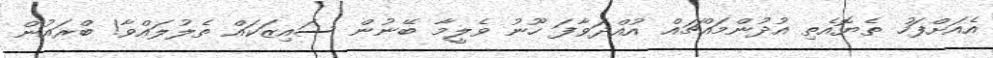
އެއަށްފަހު ތެޔޮއެތި އުދުންމައްޗައް އުއްދަވާފަ ހޫނު ވެލީމާ ބޭނުން ސައިޒަކައް ތެލުލައްވާ! ބްރައުން